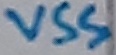
Text: VSS